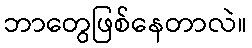
ဘာတွေဖြစ်နေတာလဲ။